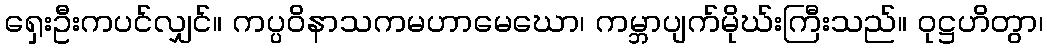
ရှေးဦးကပင်လျှင်။ ကပ္ပဝိနာသကမဟာမေဃော၊ ကမ္ဘာပျက်မိုဃ်းကြီးသည်။ ဝုဋ္ဌဟိတွာ၊